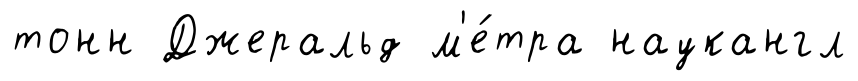
тонн Джеральд м'е́тра наукангл